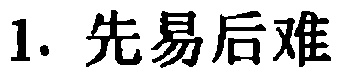
1. 先易后难